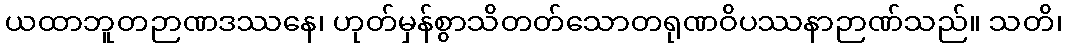
ယထာဘူတဉာဏဒဿနေ၊ ဟုတ်မှန်စွာသိတတ်သောတရုဏဝိပဿနာဉာဏ်သည်။ သတိ၊